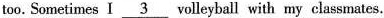
too. Sometimes I\underline{3} volleyball with my classmates.